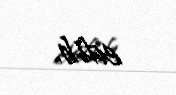
edib.